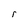
Character: r